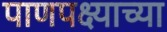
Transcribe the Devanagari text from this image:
पाणपक्ष्याच्या